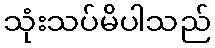
သုံးသပ်မိပါသည်